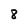
Character: 8